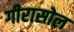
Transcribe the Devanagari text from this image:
गीरासोल